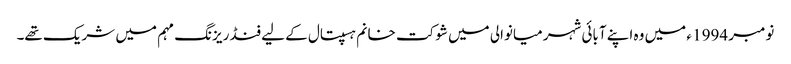
نومبر 1994 ء میں وہ اپنے آبائی شہر میانوالی میں شوکت خانم ہسپتال کے لیے فنڈ ریزنگ مہم میں شریک تھے۔